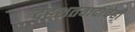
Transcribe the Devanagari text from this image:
दहशतवादाचेही